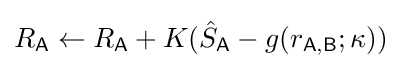
R_{\mathsf {A}}\leftarrow R_{\mathsf {A}}+K({\hat {S}}_{\mathsf {A}}-g(r_{\mathsf {A,B}};\kappa ))